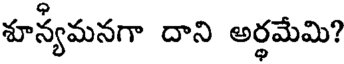
శూన్యమనగా దాని అర్థమేమి?